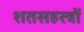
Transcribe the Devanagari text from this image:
शतसहस्त्रों